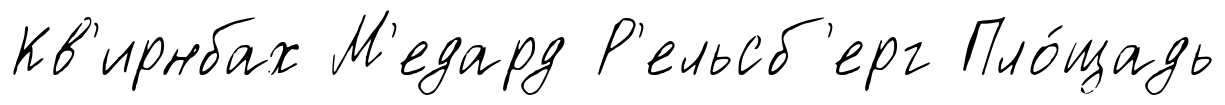
Кв'ирнбах М'едард Р'ельсб'ерг Пло́щадь